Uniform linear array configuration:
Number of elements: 64
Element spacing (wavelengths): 1
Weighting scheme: hamming
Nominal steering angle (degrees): -45
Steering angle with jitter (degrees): -44.356
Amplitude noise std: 0.05
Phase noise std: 0.05

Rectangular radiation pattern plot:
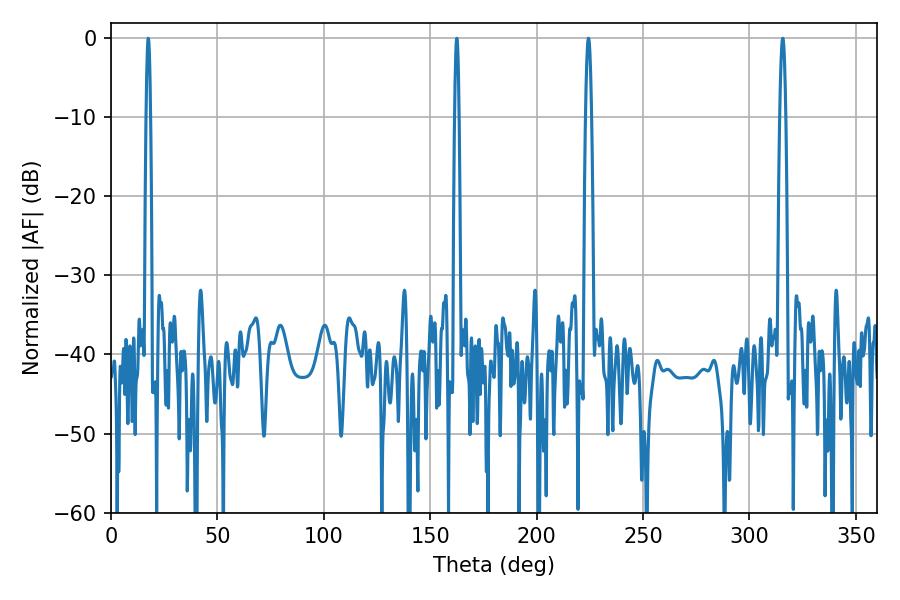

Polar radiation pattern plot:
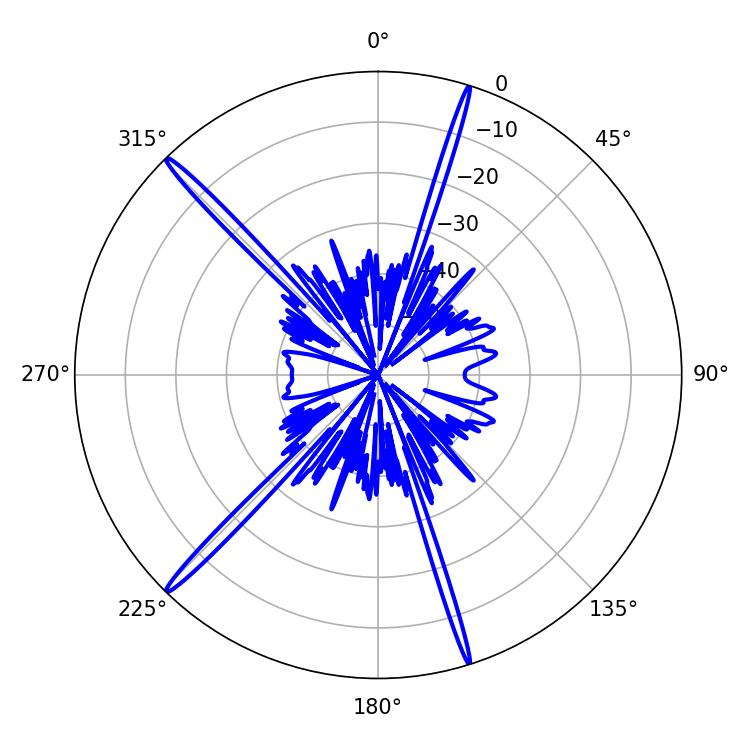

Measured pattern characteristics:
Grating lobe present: TRUE
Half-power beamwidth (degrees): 1.08
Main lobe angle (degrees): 17.46